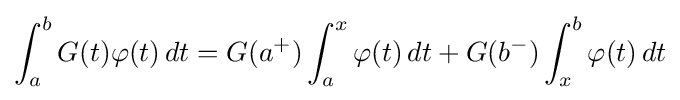
\int _{a}^{b}G(t)\varphi (t)\,dt=G(a^{+})\int _{a}^{x}\varphi (t)\,dt+G(b^{-})\int _{x}^{b}\varphi (t)\,dt